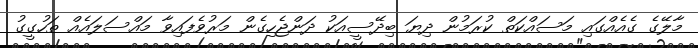
މާލޭގެ ގެއެއްގައި މަސައްކަތް ކުރަމުން ދިޔަ ބިދޭސީއަކު ދަންޖެހިގެން މަރުވެފައިވާ މައްސަލައެއް ތަހުގީގު